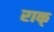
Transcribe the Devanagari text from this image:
राक्‌